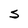
Character: S